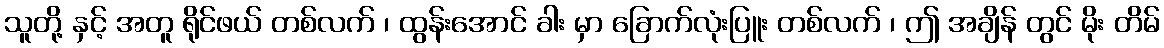
သူတို့ နှင့် အတူ ရိုင်ဖယ် တစ်လက် ၊ ထွန်းအောင် ခါး မှာ ခြောက်လုံးပြူး တစ်လက် ၊ ဤ အချိန် တွင် မိုး တိမ်